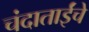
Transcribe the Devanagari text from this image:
चंदाताईंचे